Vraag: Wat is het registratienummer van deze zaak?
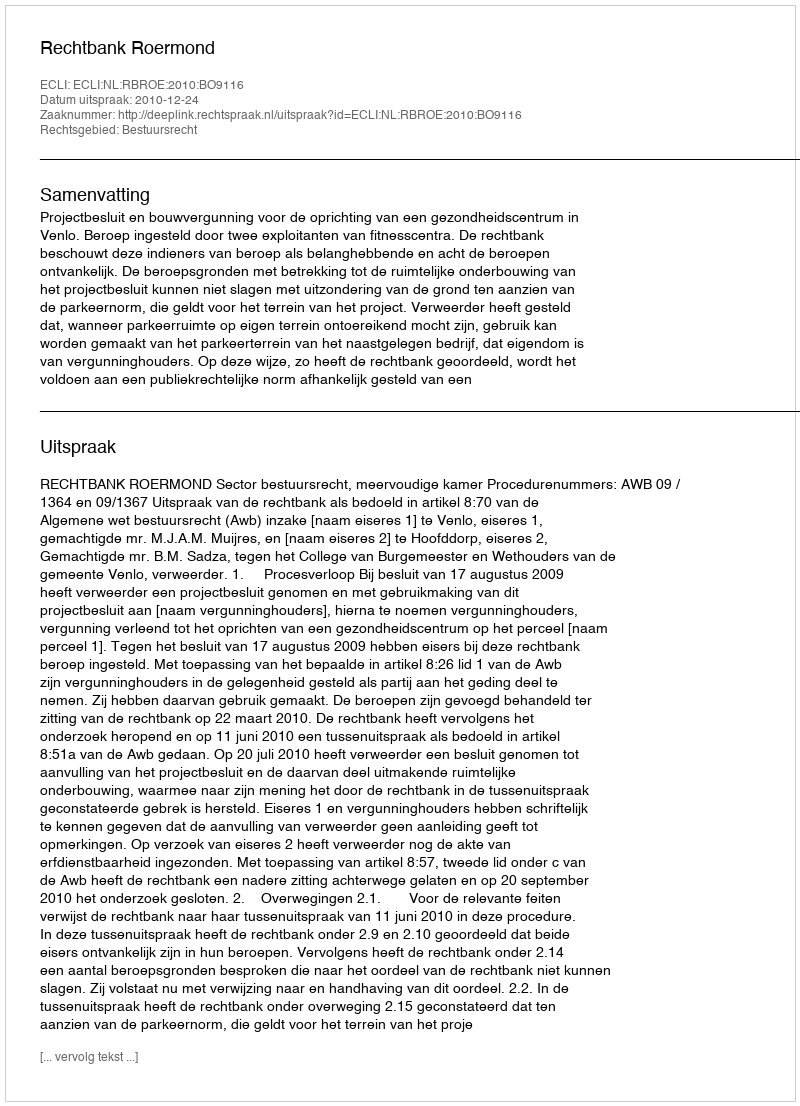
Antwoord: http://deeplink.rechtspraak.nl/uitspraak?id=ECLI:NL:RBROE:2010:BO9116